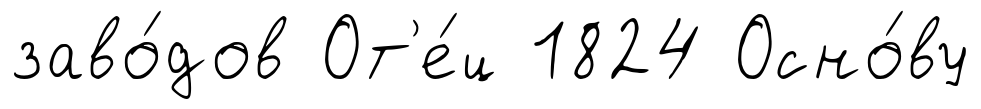
заво́дов От'е́ц 1824 Осно́ву